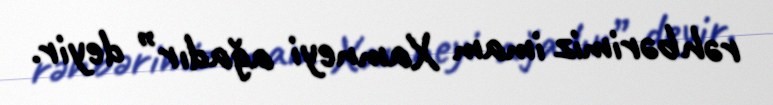
rəhbərimiz imam Xamneyi ağadır” deyir.